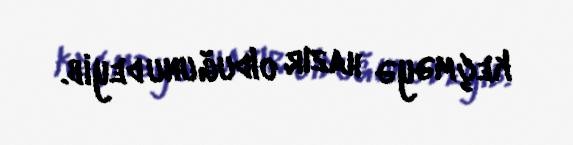
keçməyə hazır olduğunu deyib.